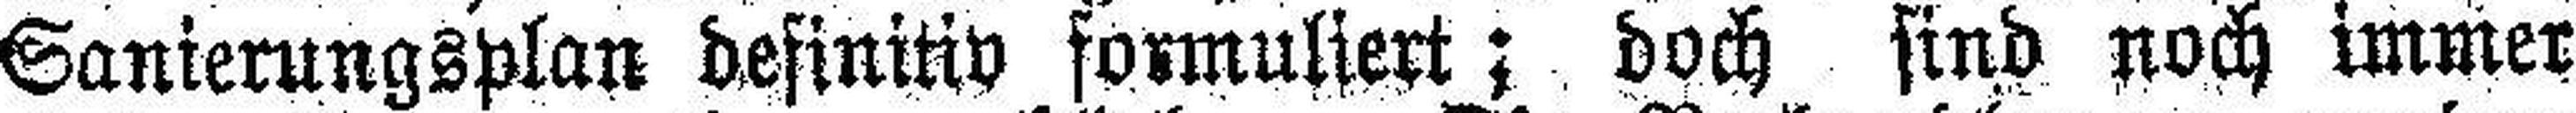
Sanierungsplan definitiv formuliert; doch sind noch immer